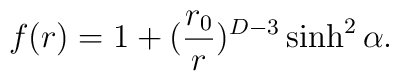
f(r) = 1 +  ({r_0\over r})^{D-3}\sinh^2 \alpha.